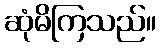
ဆုံမိကြသည်။